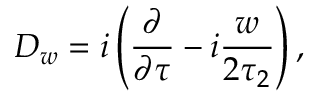
{ { \cal D } _ { w } = i \left( { \frac { \partial } { \partial \tau } } - i { \frac { w } { 2 \tau _ { 2 } } } \right) , }